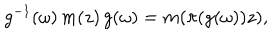
LaTeX: g ^ { - 1 } ( \omega ) \, m ( z ) \, g ( \omega ) = m ( \pi ( g ( \omega ) ) z ) ,